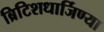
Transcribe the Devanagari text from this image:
ब्रिटिशधार्जिण्या